Indian journal of veterinary science and animal husbandry - Volume 7,
Year: 1937
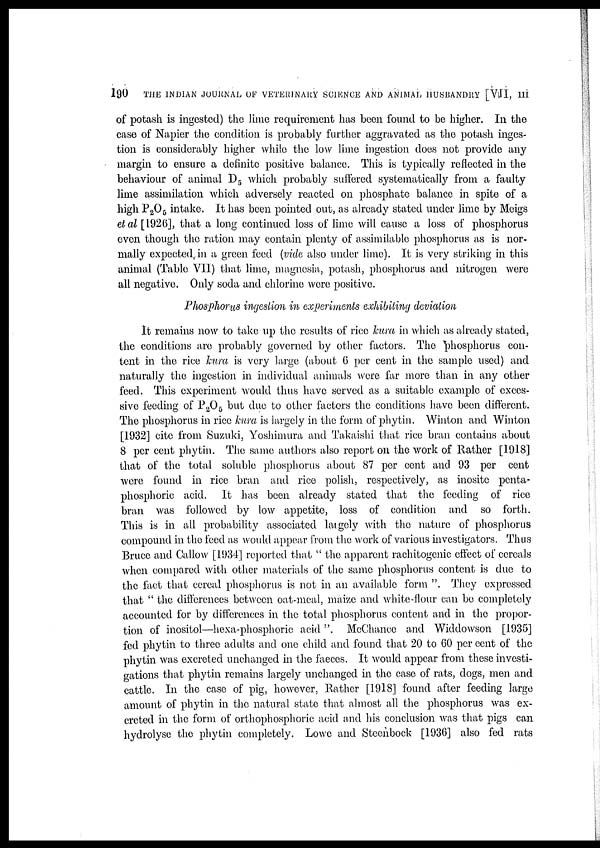
190
THE INDIAN JOURNAL OF VETERINARY SCIENCE AND ANIMAL HUSBANDRY [VII, III
of potash is ingested) the lime requirement has been found to be higher. In the
case of Napier the condition is probably further aggravated as the potash inges-
tion is considerably higher while the low lime ingestion does not provide any
margin to ensure a definite positive balance. This is typically reflected in the
behaviour of animal D 5 which probably suffered systematically from a faulty
lime assimilation which adversely reacted on phosphate balance in spite of a
high P 2 O 5 intake. It has been pointed out, as already stated under lime by Meigs
et al [1926], that a long continued loss of lime will cause a loss of phosphorus
even though the ration may contain plenty of assimilable phosphorus as is nor-
mally expected in a green feed (vide also under lime). It is very striking in this
animal (Table VII) that lime, magnesia, potash, phosphorus and nitrogen were
all negative. Only soda and chlorine were positive.
Phosphorus ingestion in experiments exhibiting deviation
It remains now to take up the results of rice kura in which as already stated,
the conditions are probably governed by other factors. The phosphorus con-
tent in the rice kura is very large (about 6 per cent in the sample used) and
naturally the ingestion in individual animals were far more than in any other
feed. This experiment would thus have served as a suitable example of exces-
sive feeding of P2O5 but due to other factors the conditions have been different.
The phosphorus in rice kura is largely in the form of phytin. Winton and Winton
[1932] cite from Suzuki, Yoshimura and Takaishi that rice bran contains about
8 per cent phytin. The same authors also report on the work of Rather [1918]
that of the total soluble phosphorus about 87 per cent and 93 per cent
were found in rice bran and rice polish, respectively, as inosite penta¬
phosphoric acid. It has been already stated that the feeding of rice
bran was followed by low appetite, loss of condition and so forth.
This is in all probability associated largely with the nature of phosphorus
compound in the feed as would appear from the work of various investigators. Thus
Bruce and Callow [1934] reported that " the apparent rachitogenic effect of cereals
when compared with other materials of the same phosphorus content is due to
the fact that cereal phosphorus is not in an available form ". They expressed
that " the differences between oat-meal, maize and white-flour can be completely
accounted for by differences in the total phosphorus content and in the propor-
tion of inositol—hexa-phosphoric acid". McChance and Widdowson [1935]
fed phytin to three adults and one child and found that 20 to 60 per cent of the
phytin was excreted unchanged in the faeces. It would appear from these investi-
gations that phytin remains largely unchanged in the case of rats, dogs, men and
cattle. In the case of pig, however, Rather [1918] found after feeding large
amount of phytin in the natural state that almost all the phosphorus was ex-
creted in the form of orthophosphoric acid and his conclusion was that pigs can
hydrolyse the phytin completely. Lowe and Steenbock [1936] also fed rats